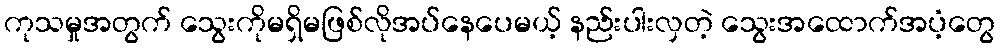
ကုသမှုအတွက် သွေးကိုမရှိမဖြစ်လိုအပ်နေပေမယ့် နည်းပါးလှတဲ့ သွေးအထောက်အပံ့တွေ